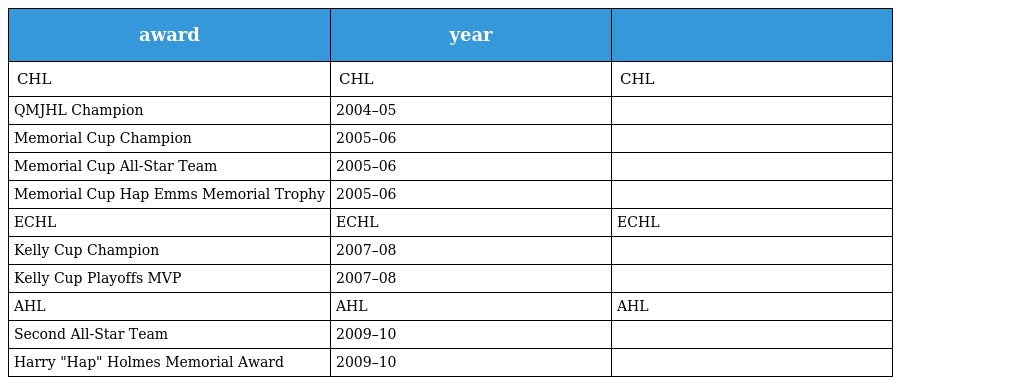
| award | year |  |
 | --- | --- | --- |
 | CHL | CHL | CHL |
 | QMJHL Champion | 2004–05 |  |
 | Memorial Cup Champion | 2005–06 |  |
 | Memorial Cup All-Star Team | 2005–06 |  |
 | Memorial Cup Hap Emms Memorial Trophy | 2005–06 |  |
 | ECHL | ECHL | ECHL |
 | Kelly Cup Champion | 2007–08 |  |
 | Kelly Cup Playoffs MVP | 2007–08 |  |
 | AHL | AHL | AHL |
 | Second All-Star Team | 2009–10 |  |
 | Harry "Hap" Holmes Memorial Award | 2009–10 |  |